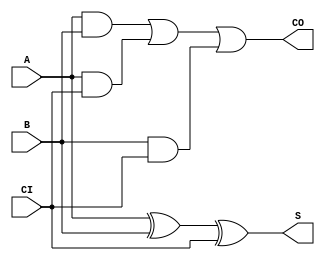
/*
  ECE 171 Project 2
  March 2022
  Andrew Stanton

  Full Adder
  Params:
  Solution, Carry Out, Input A, Input B, Carry In
*/

module FullAdder(S, CO, A, B, CI);
input A,B, CI;
output S, CO;

assign S = A ^ B ^ CI;
assign CO = A & B | A & CI | B & CI;
endmodule